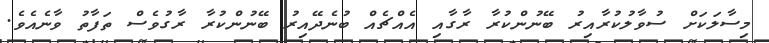
މިސާލަކަށް ސުވާލުކުރާއިރު ބޭނުންކުރާ ރާގާއި އެއްޗެއް ބުނެދޭއިރު ބޭނުންކުރާ ރާގުވެސް ތަފާތު ވާނެއެވެ.